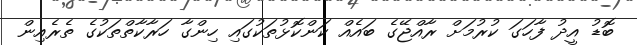
ބޮޑު އީދު ފާހަގަ ކުރުމަށް ރާއްޖޭގެ ބައެއް ކަންކޮޅުތަކުގައި ހިންގާ ހަރާކާތްތަކުގެ ތެރެއިން